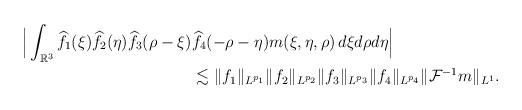
LaTeX: \begin{align*}\Big|\int_{\mathbb{R}^3}\widehat{f_1}(\xi)\widehat{f_2}(\eta)\widehat{f_3}(\rho-\xi)&\widehat{f_4}(-\rho-\eta)m(\xi,\eta,\rho)\,d\xi d\rho d\eta\Big|\\&\lesssim \|f_1\|_{L^{p_1}}\|f_2\|_{L^{p_2}}\|f_3\|_{L^{p_3}}\|f_4\|_{L^{p_4}}\|\mathcal{F}^{-1}m\|_{L^1}.\end{align*}